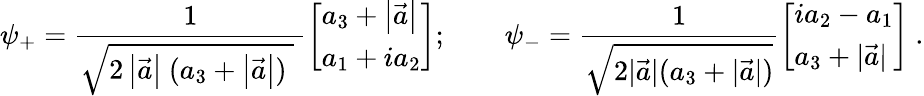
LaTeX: \psi_{+}={\frac{1}{{\sqrt{2\left|{\vec{a}}\right|\ (a_{3}+\left|{\vec{a}}\right|)\ }}\ }}{\left[\begin{array}{l}{a_{3}+\left|{\vec{a}}\right|}\\ {a_{1}+ia_{2}}\end{array}\right]};\qquad\psi_{-}={\frac{1}{\sqrt{2|{\vec{a}}|(a_{3}+|{\vec{a}}|)}}}{\left[\begin{array}{l}{ia_{2}-a_{1}}\\ {a_{3}+|{\vec{a}}|}\end{array}\right]}~.